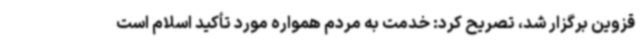
قزوین برگزار شد، تصریح کرد: خدمت به مردم همواره مورد تأکید اسلام است